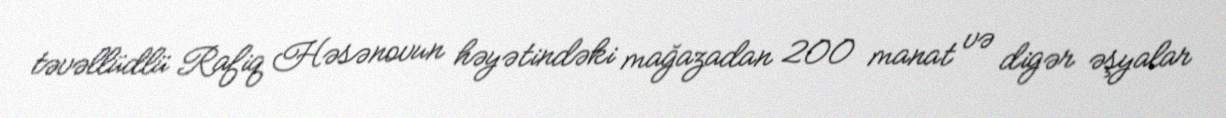
təvəllüdlü Rafiq Həsənovun həyətindəki mağazadan 200 manat və digər əşyalar